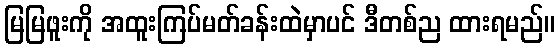
မြမြဖူးကို အထူးကြပ်မတ်ခန်းထဲမှာပင် ဒီတစ်ည ထားရမည်။